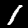
Label: 1